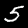
Label: 5